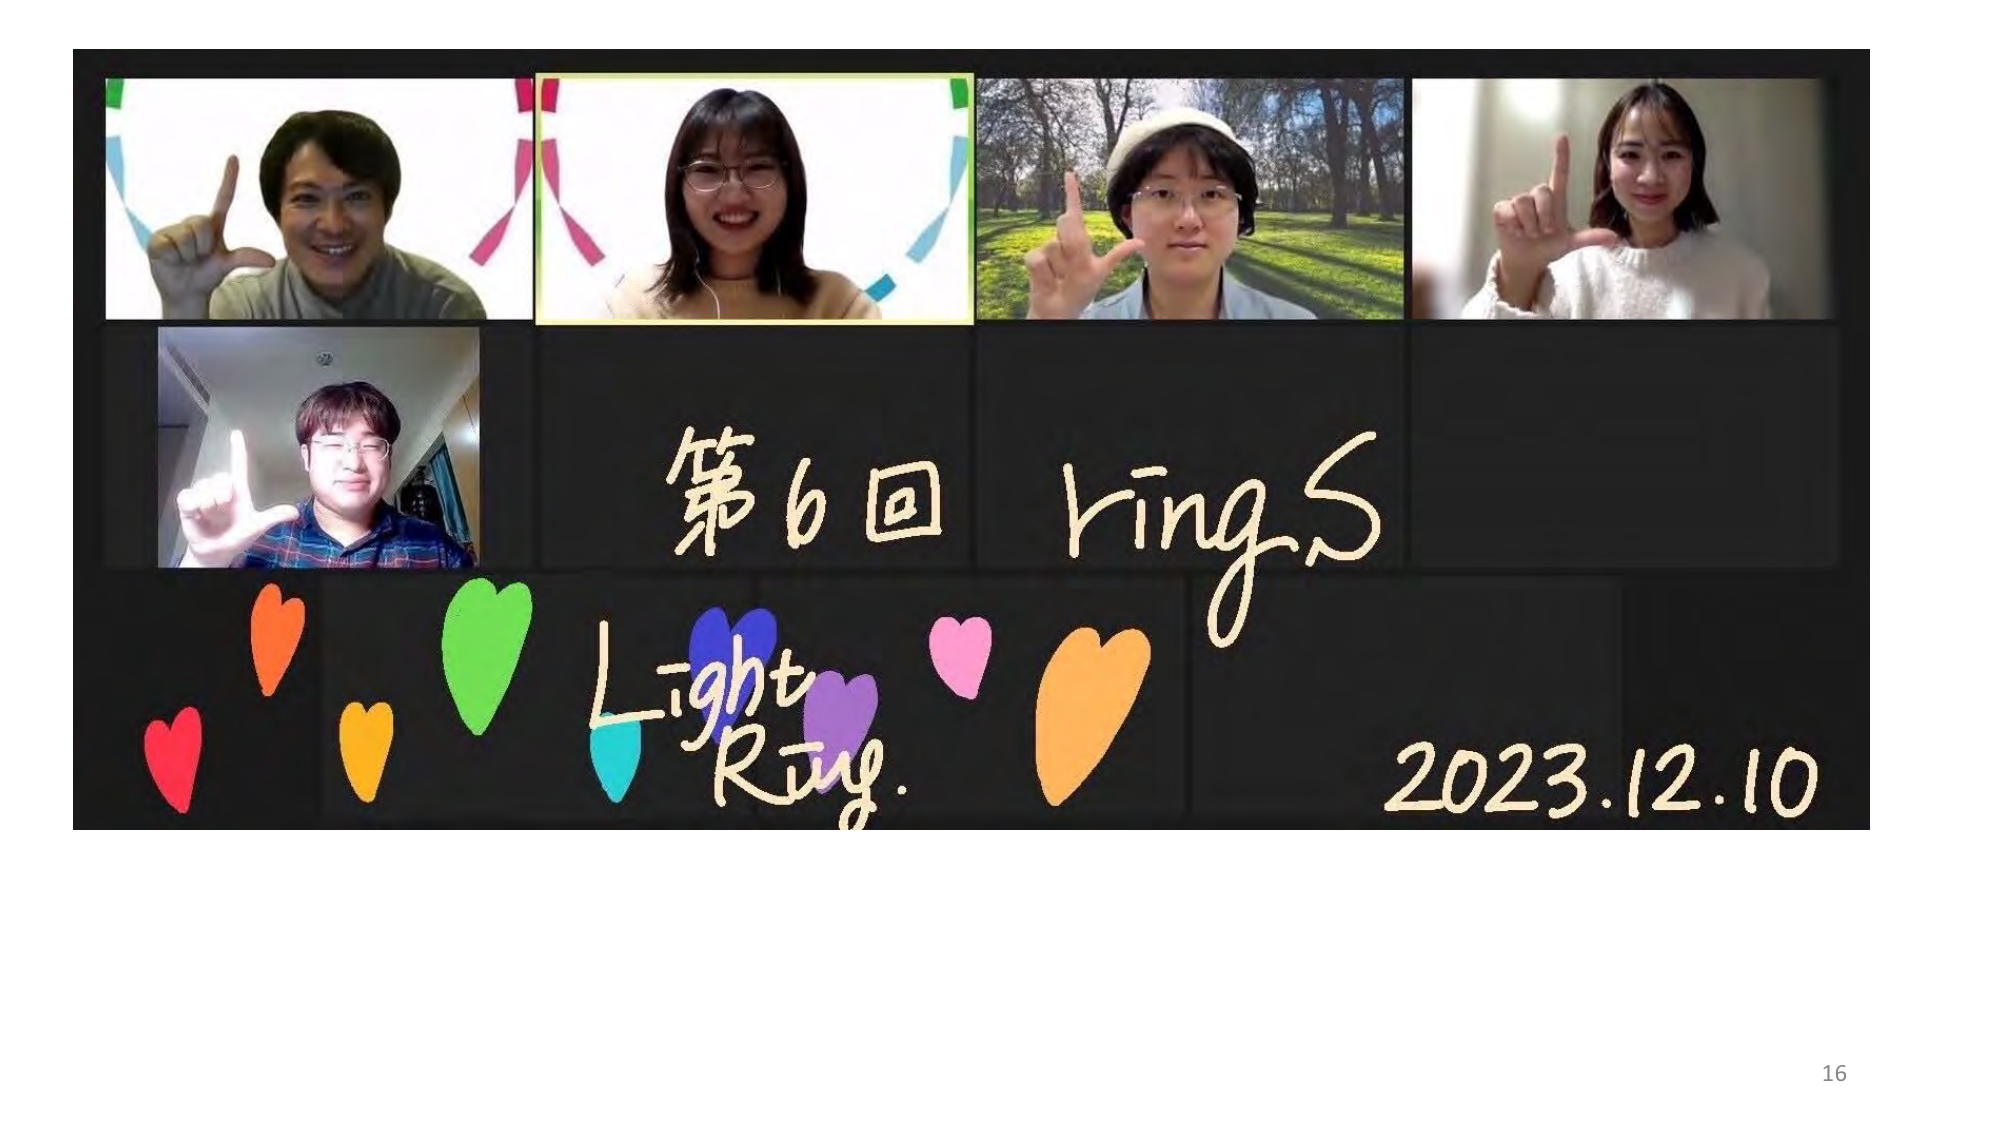
第6回 ring.S
Light Ring.
2023.12.10
16